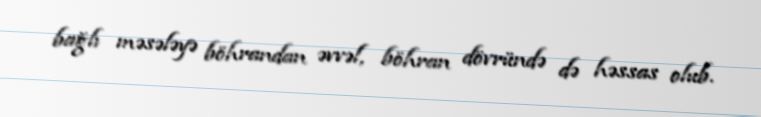
bağlı məsələyə böhrandan əvvəl, böhran dövründə də həssas olub.